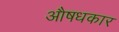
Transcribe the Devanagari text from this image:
औषधकार